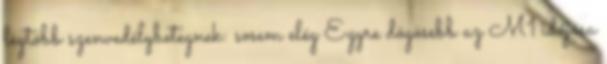
leg­több szen­ve­dély­be­teg­nek: sosem elég Egyre dögösebb az M1 időjósa